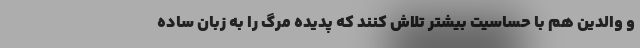
و والدین هم با حساسیت بیشتر تلاش کنند که پدیده مرگ را به زبان ساده